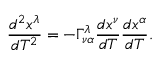
{ \frac { d ^ { 2 } x ^ { \lambda } } { d T ^ { 2 } } } = - \Gamma _ { \nu \alpha } ^ { \lambda } { \frac { d x ^ { \nu } } { d T } } { \frac { d x ^ { \alpha } } { d T } } .